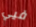
فيي